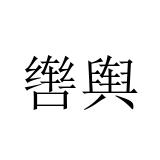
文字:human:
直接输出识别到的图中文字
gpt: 辔舆